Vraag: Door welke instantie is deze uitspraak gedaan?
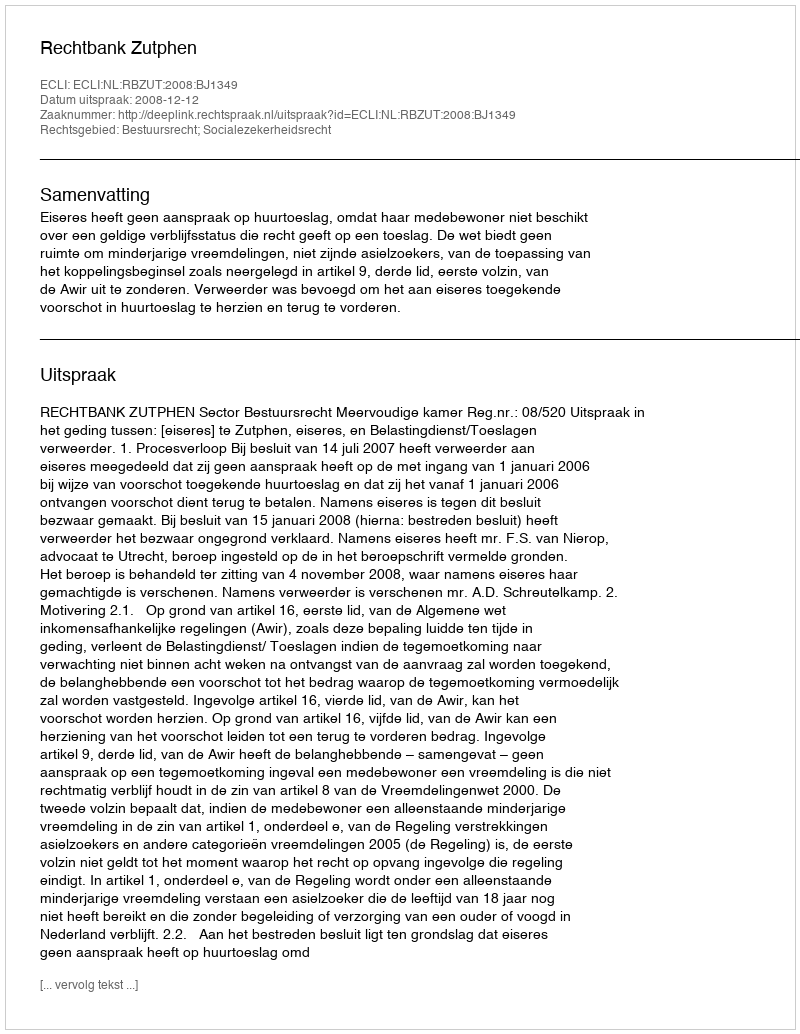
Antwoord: Rechtbank Zutphen